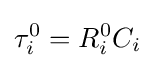
\tau _{i}^{0}=R_{i}^{0}C_{i}